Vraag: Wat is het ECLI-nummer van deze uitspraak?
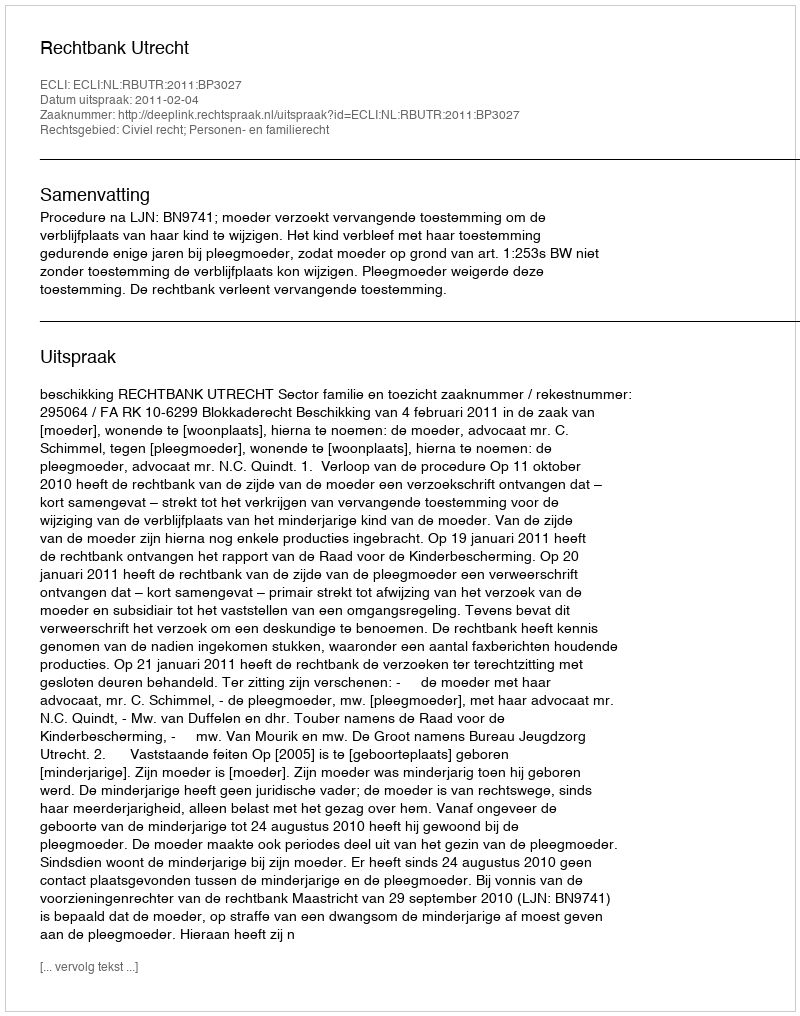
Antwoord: ECLI:NL:RBUTR:2011:BP3027